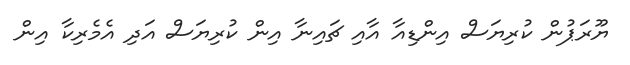
ޔޫރަޕުން ކުރިޔަސް އިންޑިއާ އާއި ޗައިނާ އިން ކުރިޔަސް އަދި އެމެރިކާ އިން